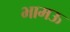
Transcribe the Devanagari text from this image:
भामऊ